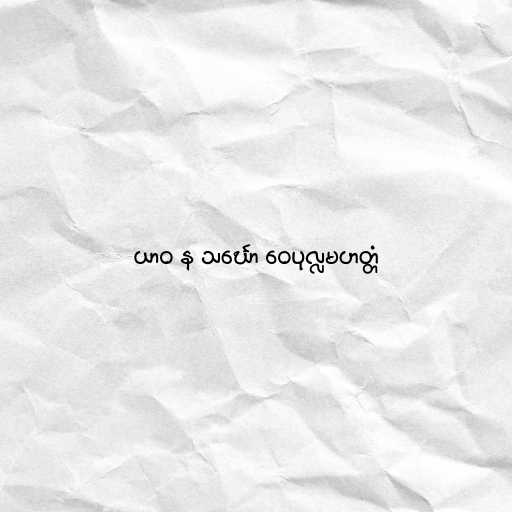
ယာဝ န သင်္ဃော ဝေပုလ္လမဟတ္တံ